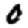
Digit: 0